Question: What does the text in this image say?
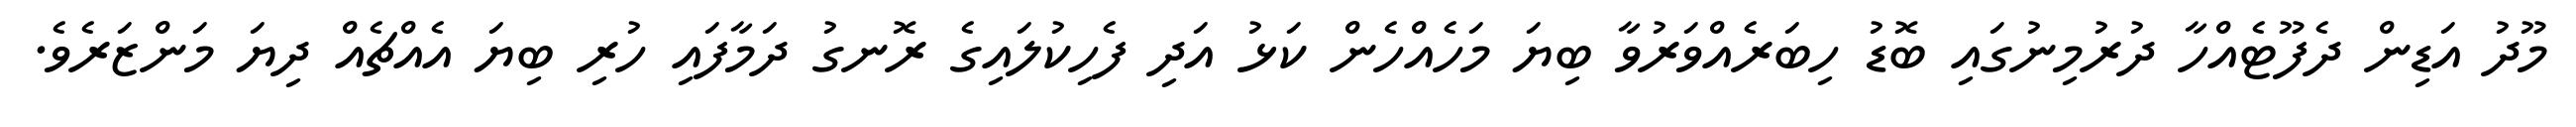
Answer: މޫދު އަޑިން ދެފޫޓެއްހާ ދުރުމިނުގައި ބޮޑު ހިބަރެއްވަރުވާ ބިޔަ މަހެއްހެން ކަޅު އަދި ފެހިކުލައިގެ ރޮނގު ދަމާފައި ހުރި ބިޔަ އެއްޗެއް ދިޔަ މަންޒަރެވެ.